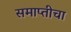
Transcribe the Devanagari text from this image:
समाप्तीचा